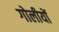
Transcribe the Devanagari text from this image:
गोलीयों